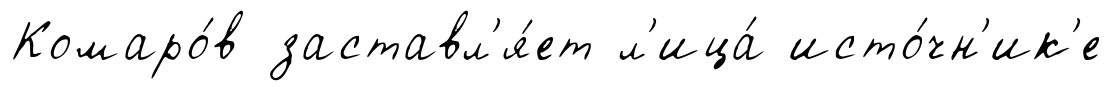
Комаро́в заставл'я́ет л'ица́ исто́чн'ик'е